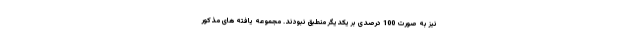
نیز به صورت 100 درصدی بر یکدیگر منطبق نبودند. مجموعه یافته های مذکور